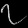
Digit: ၇